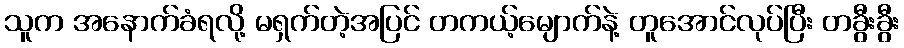
သူက အနောက်ခံရလို့ မရှက်တဲ့အပြင် တကယ့်မျောက်နဲ့ တူအောင်လုပ်ပြီး တခွီးခွီး